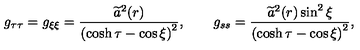
g _ { \tau \tau } = g _ { \xi \xi } = \frac { \widetilde { a } ^ { 2 } ( r ) } { \left( \cosh \tau - \cos \xi \right) ^ { 2 } } , \qquad g _ { s s } = \frac { \widetilde { a } ^ { 2 } ( r ) \sin ^ { 2 } \xi } { \left( \cosh \tau - \cos \xi \right) ^ { 2 } } ,